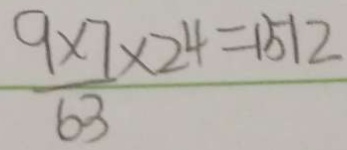
\frac { 9 \times 7 } { 6 3 } \times 2 4 = 1 5 1 2